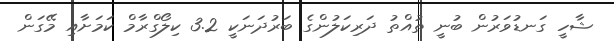
ޝާހީ ގަނޑުވަރުން ބުނީ ތުއްތު ދަރިކަލުންގެ ބަރުދަނަކީ 3.2 ކިލޯގްރާމް ކަމަށާއި މޭގަން